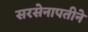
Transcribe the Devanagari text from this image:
सरसेनापतीने